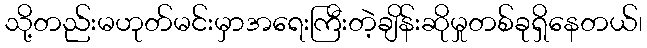
သို့တည်းမဟုတ်မင်းမှာအရေးကြီးတဲ့ချိန်းဆိုမှုတစ်ခုရှိနေတယ်၊